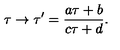
\tau \to \tau ^ { \prime } = \frac { a \tau + b } { c \tau + d } .